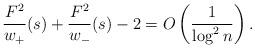
LaTeX: \begin{align*}\frac{F^2}{w_+}(s) + \frac{F^2}{w_-}(s) - 2 = O\left(\frac{1}{\log^2n}\right). \end{align*}